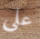
علي